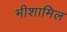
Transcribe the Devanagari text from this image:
भीशामिल